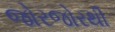
જોરજોરથી